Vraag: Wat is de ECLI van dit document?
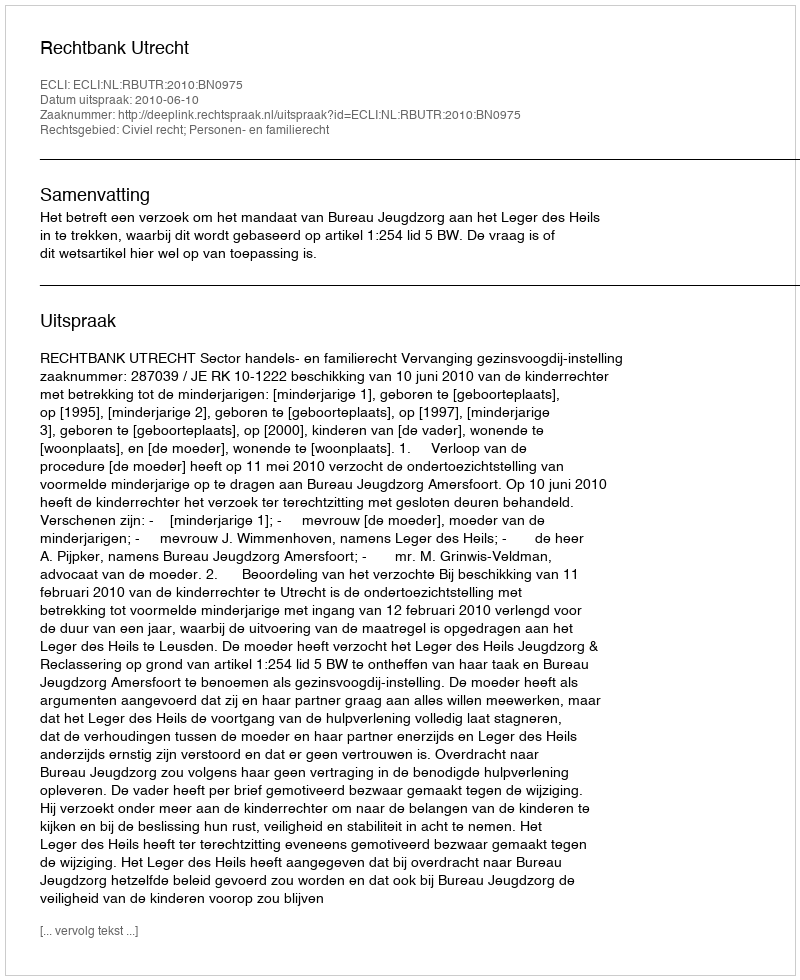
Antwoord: ECLI:NL:RBUTR:2010:BN0975